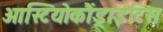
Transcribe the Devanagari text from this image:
ओस्टियोकौंड्राईटिस